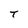
Character: t